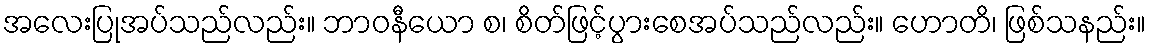
အလေးပြုအပ်သည်လည်း။ ဘာဝနီယော စ၊ စိတ်ဖြင့်ပွားစေအပ်သည်လည်း။ ဟောတိ၊ ဖြစ်သနည်း။